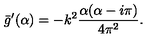
\bar { g } ^ { \prime } ( \alpha ) = - k ^ { 2 } { \frac { \alpha ( \alpha - i \pi ) } { 4 \pi ^ { 2 } } } .